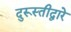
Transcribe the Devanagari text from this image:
दुरूस्तीद्वारे